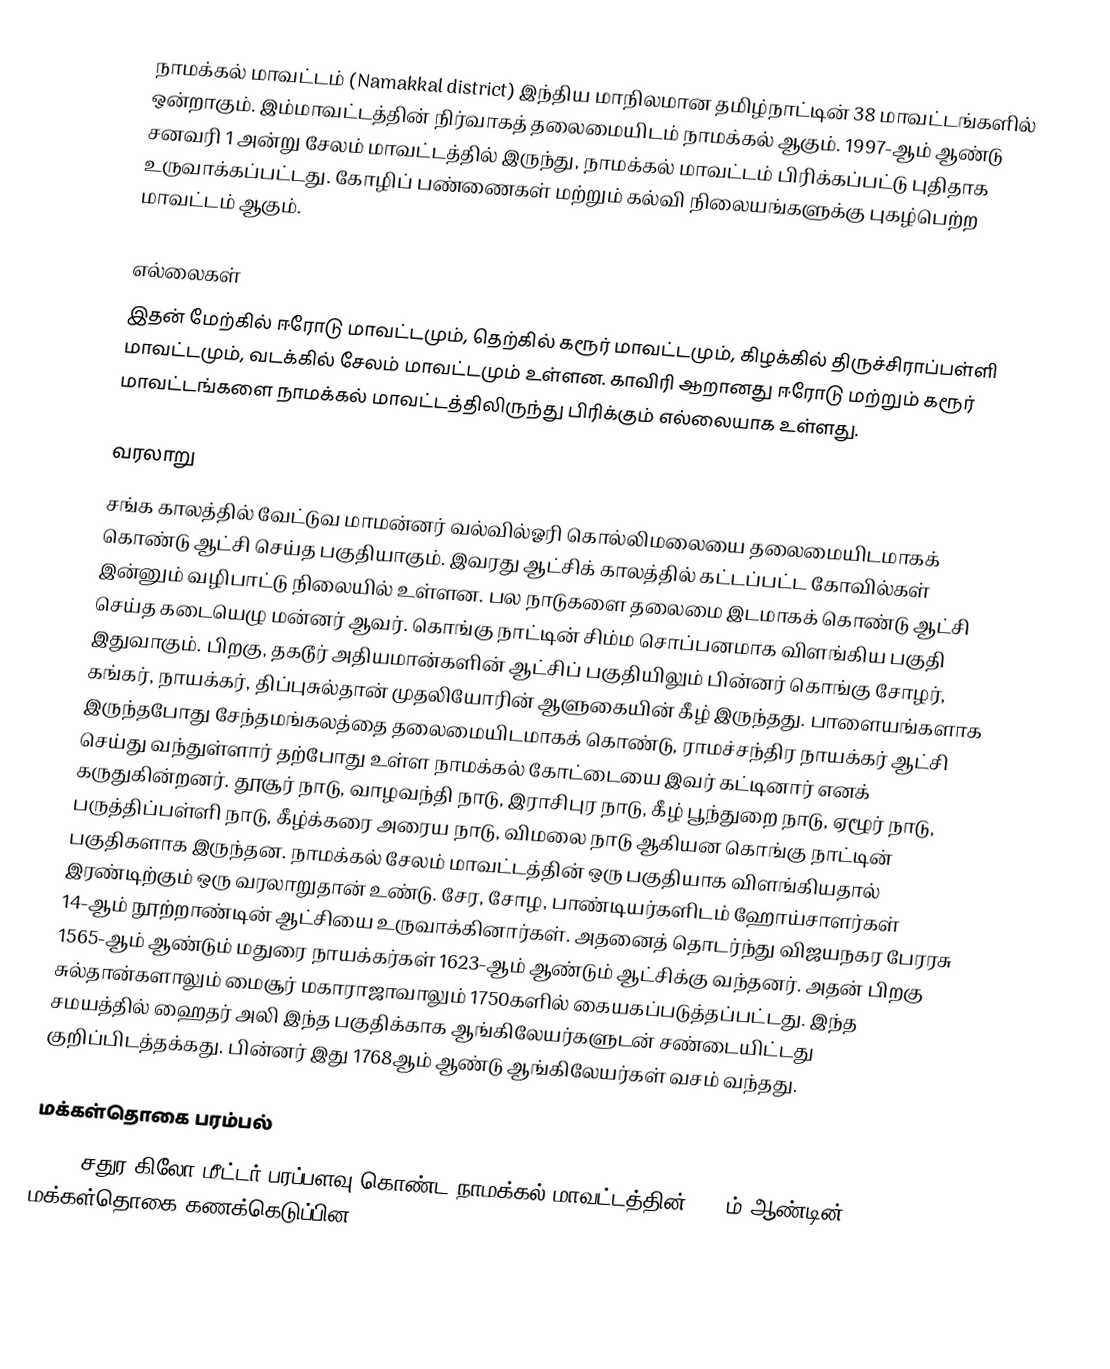
நாமக்கல் மாவட்டம் (Namakkal district) இந்திய மாநிலமான தமிழ்நாட்டின் 38 மாவட்டங்களில் ஒன்றாகும். இம்மாவட்டத்தின் நிர்வாகத் தலைமையிடம் நாமக்கல் ஆகும். 1997-ஆம் ஆண்டு சனவரி 1 அன்று சேலம் மாவட்டத்தில் இருந்து, நாமக்கல் மாவட்டம் பிரிக்கப்பட்டு புதிதாக உருவாக்கப்பட்டது. கோழிப் பண்ணைகள் மற்றும் கல்வி நிலையங்களுக்கு புகழ்பெற்ற மாவட்டம் ஆகும்.

எல்லைகள்
இதன் மேற்கில் ஈரோடு மாவட்டமும், தெற்கில் கரூர் மாவட்டமும், கிழக்கில் திருச்சிராப்பள்ளி மாவட்டமும், வடக்கில் சேலம் மாவட்டமும் உள்ளன. காவிரி ஆறானது ஈரோடு மற்றும் கரூர் மாவட்டங்களை நாமக்கல் மாவட்டத்திலிருந்து பிரிக்கும் எல்லையாக உள்ளது.

வரலாறு
சங்க காலத்தில் வேட்டுவ மாமன்னர் வல்வில்ஓரி கொல்லிமலையை தலைமையிடமாகக் கொண்டு ஆட்சி செய்த பகுதியாகும். இவரது ஆட்சிக் காலத்தில் கட்டப்பட்ட கோவில்கள் இன்னும் வழிபாட்டு நிலையில் உள்ளன. பல நாடுகளை தலைமை இடமாகக் கொண்டு  ஆட்சி செய்த கடையெழு மன்னர் ஆவர். கொங்கு நாட்டின் சிம்ம சொப்பனமாக விளங்கிய பகுதி இதுவாகும். பிறகு, தகடூர் அதியமான்களின் ஆட்சிப் பகுதியிலும் பின்னர் கொங்கு சோழர், கங்கர், நாயக்கர், திப்புசுல்தான் முதலியோரின் ஆளுகையின் கீழ் இருந்தது. பாளையங்களாக இருந்தபோது சேந்தமங்கலத்தை தலைமையிடமாகக் கொண்டு, ராமச்சந்திர நாயக்கர் ஆட்சி செய்து வந்துள்ளார் தற்போது உள்ள நாமக்கல் கோட்டையை இவர் கட்டினார் எனக் கருதுகின்றனர். தூசூர் நாடு, வாழவந்தி நாடு, இராசிபுர நாடு, கீழ் பூந்துறை நாடு, ஏழூர் நாடு, பருத்திப்பள்ளி நாடு, கீழ்க்கரை அரைய நாடு, விமலை நாடு ஆகியன கொங்கு நாட்டின் பகுதிகளாக இருந்தன.  நாமக்கல் சேலம் மாவட்டத்தின் ஒரு பகுதியாக விளங்கியதால் இரண்டிற்கும் ஒரு வரலாறுதான் உண்டு. சேர, சோழ, பாண்டியர்களிடம் ஹோய்சாளர்கள் 14-ஆம் நூற்றாண்டின் ஆட்சியை உருவாக்கினார்கள். அதனைத் தொடர்ந்து விஜயநகர பேரரசு 1565-ஆம் ஆண்டும் மதுரை நாயக்கர்கள் 1623-ஆம் ஆண்டும் ஆட்சிக்கு வந்தனர். அதன் பிறகு சுல்தான்களாலும் மைசூர் மகாராஜாவாலும் 1750களில் கையகப்படுத்தப்பட்டது. இந்த சமயத்தில் ஹைதர் அலி இந்த பகுதிக்காக ஆங்கிலேயர்களுடன் சண்டையிட்டது குறிப்பிடத்தக்கது. பின்னர் இது 1768ஆம் ஆண்டு ஆங்கிலேயர்கள் வசம் வந்தது.

மக்கள்தொகை பரம்பல்
3,420  சதுர கிலோ மீட்டர் பரப்பளவு கொண்ட நாமக்கல்  மாவட்டத்தின் 2011ம் ஆண்டின் மக்கள்தொகை கணக்கெடுப்பின